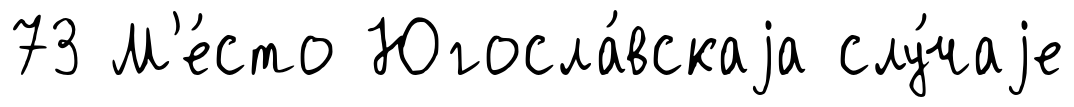
73 М'е́сто Югосла́вскаjа слу́чаjе